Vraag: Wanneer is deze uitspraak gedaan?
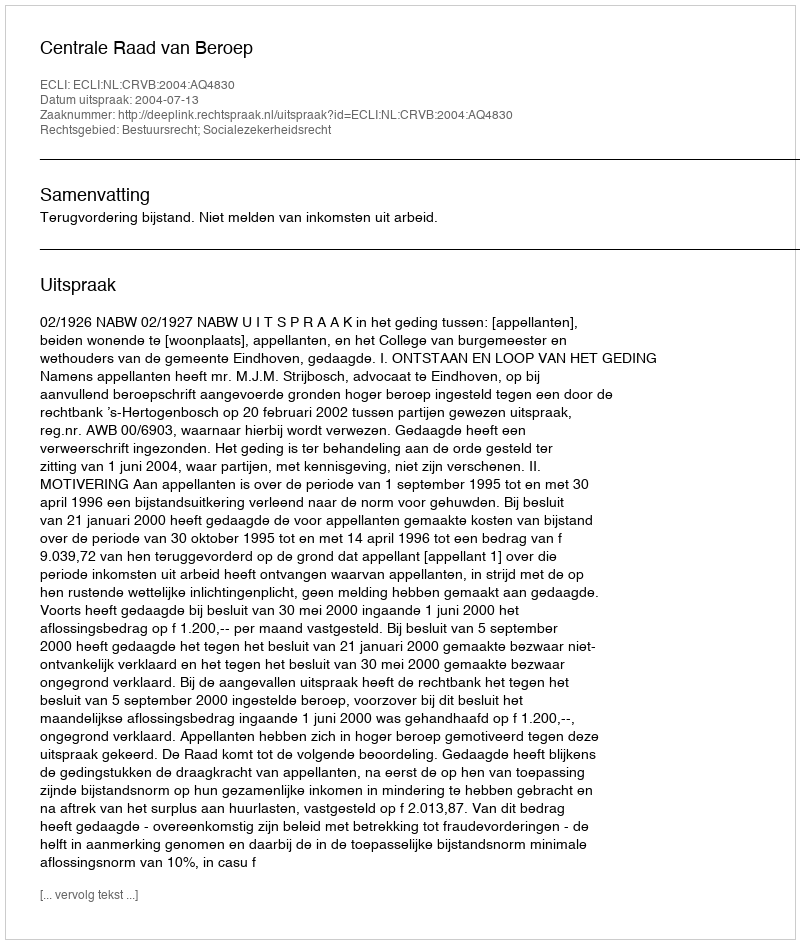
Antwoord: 2004-07-13